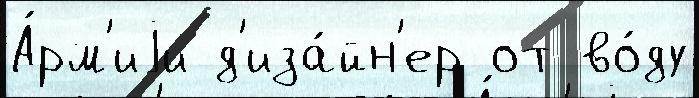
А́рм'иjи д'иза́йн'ер от во́ду